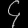
Digit: ၄